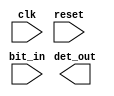
// Serial Input BitStream Pattern Detector
module fsm_bspd(clk, reset, bit_in, det_out);
input clk, reset, bit_in;
output det_out;

reg det_out;









endmodule